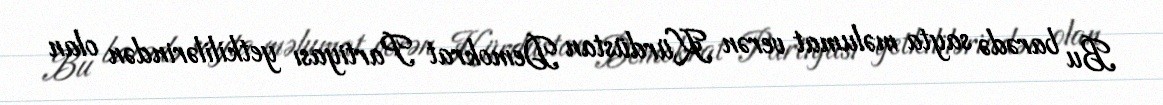
Bu barədə sayta məlumat verən Kürdüstan Demokrat Partiyası yetkililərindən olan